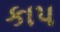
કાપ